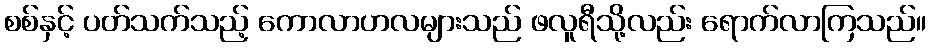
စစ်နှင့် ပတ်သက်သည့် ကောလာဟလများသည် ဖလူရီသို့လည်း ရောက်လာကြသည်။